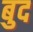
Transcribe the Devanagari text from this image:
बुद